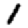
Digit: 1